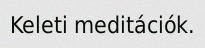
Keleti meditációk.